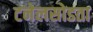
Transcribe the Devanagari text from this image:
टनेलसोडता